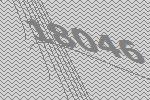
18046